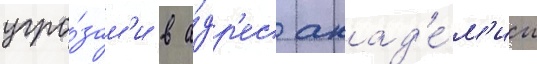
угро́зам'и в а́др'ес акад'е́м'ии